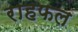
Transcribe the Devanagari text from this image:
राहफल